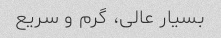
بسیار عالی، گرم و سریع